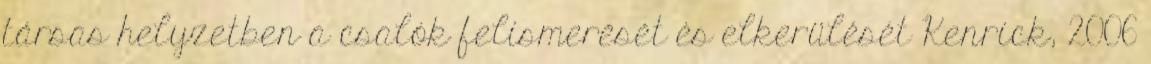
társas helyzetben a csalók felismerését és elkerülését Kenrick, 2006